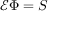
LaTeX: { \mathcal { E } } \Phi = S